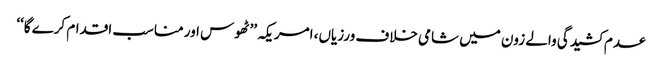
عدم کشیدگی والے زون میں شامی خلاف ورزیاں، امریکہ ’’ٹھوس اور مناسب اقدام کرے گا‘‘